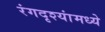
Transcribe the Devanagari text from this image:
रंगदृश्यांमध्ये